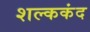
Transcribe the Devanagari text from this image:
शल्ककंद